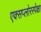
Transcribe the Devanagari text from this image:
एक्सप्लोररपेक्षा